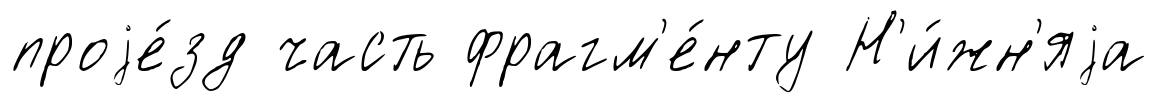
проjе́зд часть фрагм'е́нту Н'и́жн'яjа